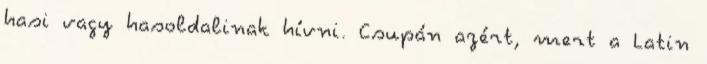
hasi vagy hasoldalinak hívni. Csupán azért, mert a Latin